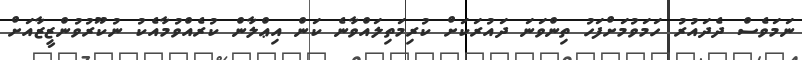
ނަމަވެސް ދެދައުރު ހަމަވުމަށްފަހު ތިންވަނަ ދައުރަކަށް ކުރިމަތިލައްވާނެ ކަން އިޢްލާން ކުރެއްވުމާއެކު ނުކޫރުވުންޒީޒާއަށް